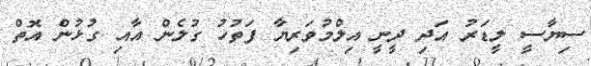
ސިޔާސީ ލީޑަރު އަދި ދީނީ އިލްމުވަރިޔާ ފަތުހު ގުލެން އާއި ގުޅުން އޮތް